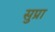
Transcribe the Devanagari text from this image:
सुप्रा